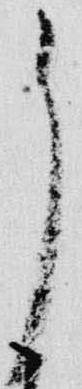
了